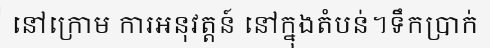
នៅក្រោម ការអនុវត្តន៍ នៅក្នុងតំបន់។ទឹកប្រាក់